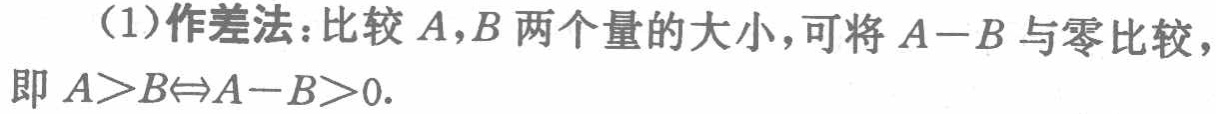
(1)作差法：比较\(A,B\)两个量的大小，可将\(A - B\)与零比较，即\(A>B\Leftrightarrow A - B>0\).